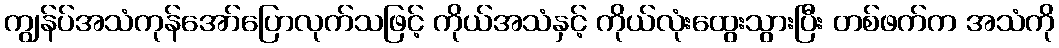
ကျွန်ပ်အသံကုန်အော်ပြောလုက်သဖြင့် ကိုယ်အသံနှင့် ကိုယ်လုံးထွေးသွားပြီး တစ်ဖက်က အသံကို